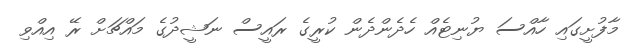
މާފުށީގައި ހާއްސަ ޔުނިޓެއް ހެދެންދެން ކުރީގެ ރައީސް ނަޝީދުގެ މައްޗަށް ރޭ އިއްވި